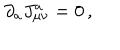
\partial _ { a } J _ { \mu \nu } ^ { a } = 0 \, ,